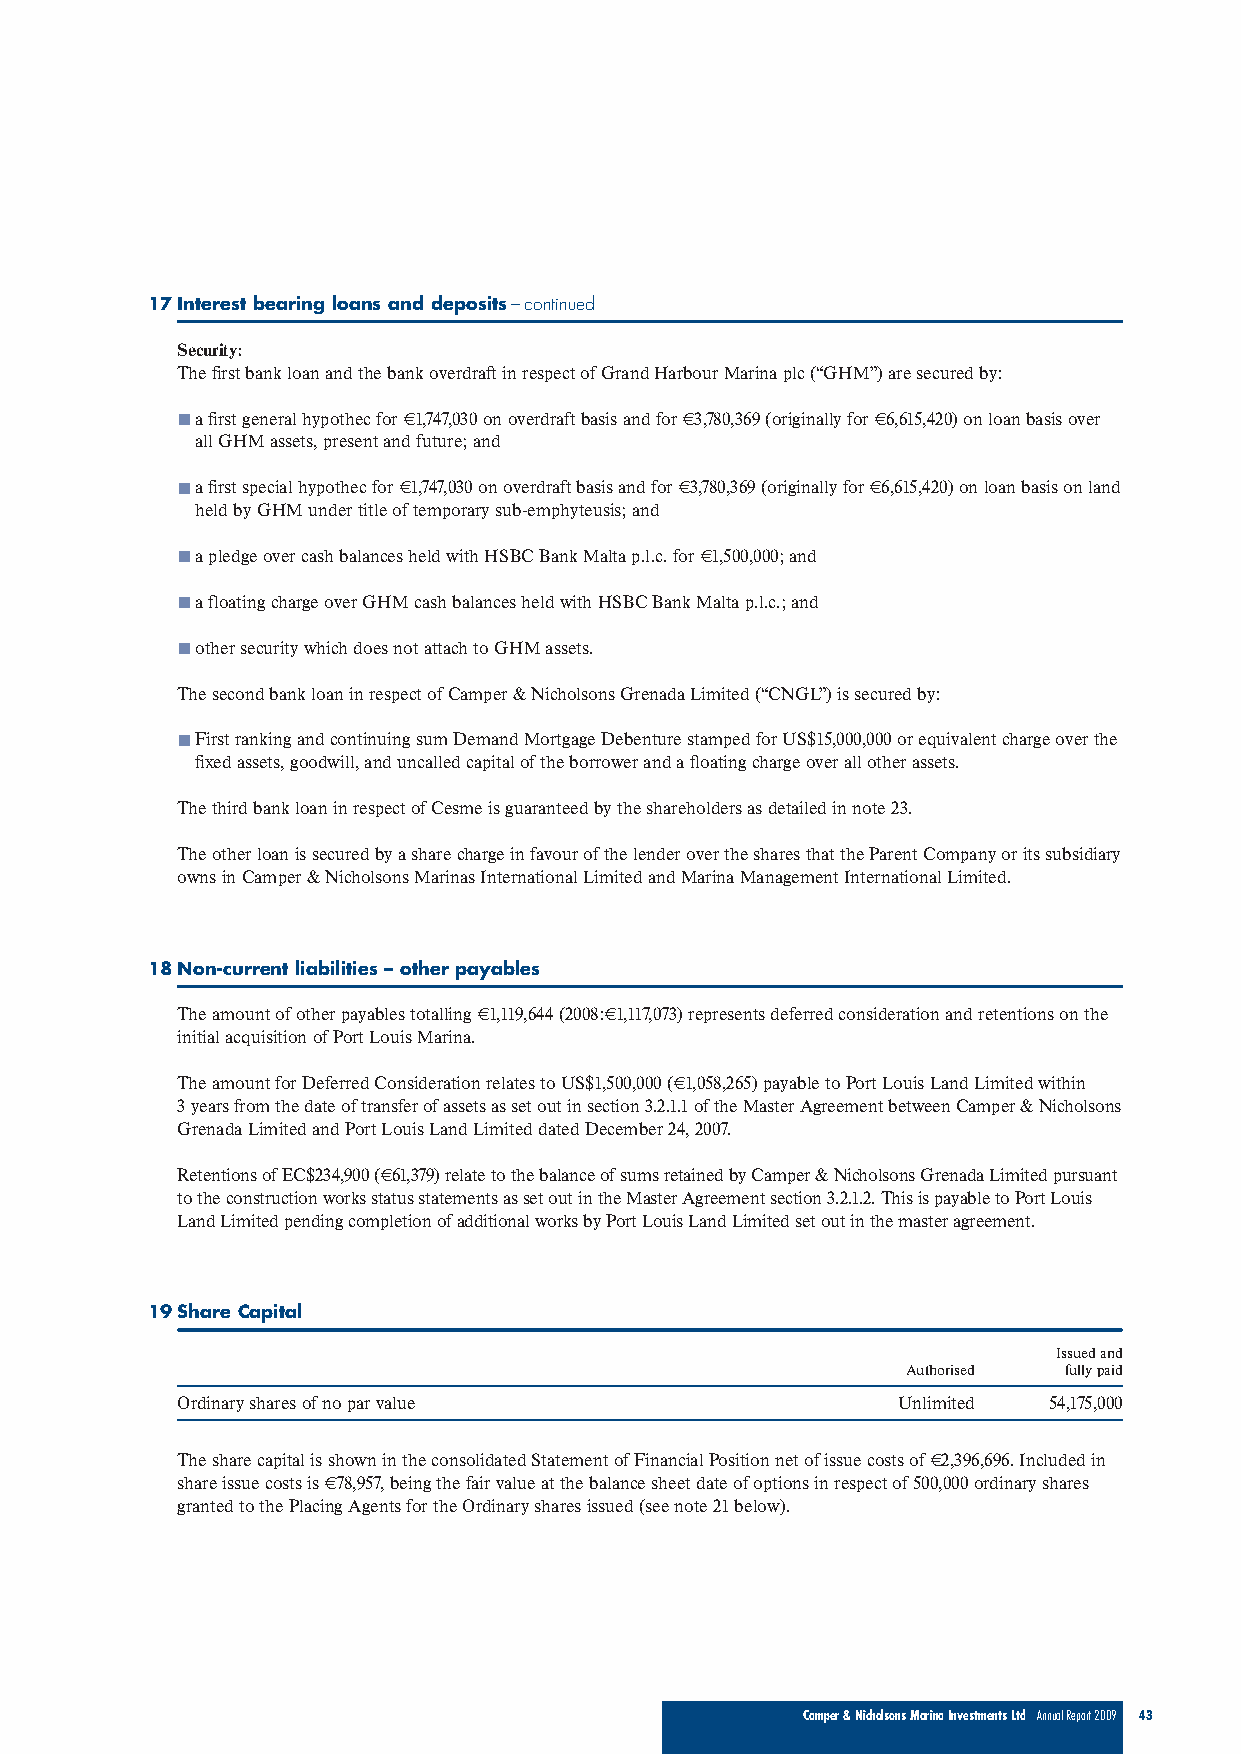
17Interest bearing loans and deposits–continued
 Security:
 The first bank loan and the bank overdraft in respect of Grand Harbour Marina plc (“GHM”) are secured by:
 a first general hypothec for €1,747,030 on overdraft basis and for €3,780,369 (originally for €6,615,420) on loan basis over
 all GHM assets, present and future; and
 a first special hypothec for €1,747,030 on overdraft basis and for €3,780,369 (originally for €6,615,420) on loan basis on land
 held by GHM under title of temporary sub-emphyteusis; and
 a pledge over cash balances held with HSBC Bank Malta p.l.c. for €1,500,000; and
 a floating charge over GHM cash balances held with HSBC Bank Malta p.l.c.; and
 other security which does not attach to GHM assets.
 The second bank loan in respect of Camper & Nicholsons Grenada Limited (“CNGL”) is secured by:
 First ranking and continuing sum Demand Mortgage Debenture stamped for US$15,000,000 or equivalent charge over the
 fixed assets, goodwill, and uncalled capital of the borrower and a floating charge over all other assets.
 The third bank loan in respect of Cesme is guaranteed by the shareholders as detailed in note 23.
 The other loan is secured by a share charge in favour of the lender over the shares that the Parent Company or its subsidiary
 owns in Camper & Nicholsons Marinas International Limited and Marina Management International Limited.
 18Non-current liabilities – other payables
 The amount of other payables totalling €1,119,644 (2008:€1,117,073) represents deferred consideration and retentions on the
 initial acquisition of Port Louis Marina.
 The amount for Deferred Consideration relates to US$1,500,000 (€1,058,265) payable to Port Louis Land Limited within
 3 years from the date of transfer of assets as set out in section 3.2.1.1 of the Master Agreement between Camper & Nicholsons
 Grenada Limited and Port Louis Land Limited dated December 24, 2007.
 Retentions of EC$234,900 (€61,379) relate to the balance of sums retained by Camper & Nicholsons Grenada Limited pursuant
 to the construction works status statements as set out in the Master Agreement section 3.2.1.2. This is payable to Port Louis
 Land Limited pending completion of additional works by Port Louis Land Limited set out in the master agreement.
 19Share Capital
 Issued and
 Authorised fully paid
 Ordinary shares of no par value                Unlimited 54,175,000
 The share capital is shown in the consolidated Statement of Financial Position net of issue costs of €2,396,696. Included in
 share issue costs is €78,957, being the fair value at the balance sheet date of options in respect of 500,000 ordinary shares
 granted to the Placing Agents for the Ordinary shares issued (see note 21 below).
 Camper & Nicholsons Marina Investments Ltd Annual Report 2009 43